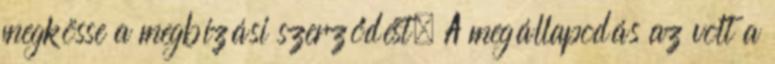
megkösse a megbízási szerződést. A megállapodás az volt a